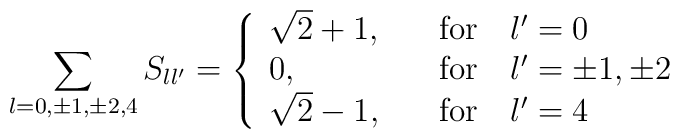
\sum_{l=0,\pm 1, \pm 2, 4} S_{ll'}= \left\{ \begin{array}{ll}\sqrt{2}+1, & \quad \mathrm{for}\quad l'=0 \\ 0, & \quad \mathrm{for}\quad l'=\pm 1, \pm 2 \\\sqrt{2}-1, &  \quad \mathrm{for}\quad l'=4  \end{array} \right.